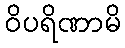
ဝိပရိဏာမိ